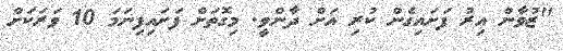
"ޒުވާން އިރު ފަށައިގެން ކުރި އަށް ދާންވީ. މިގޮތަށް ފަށައިފިނަމަ 10 ވަރަކަށް